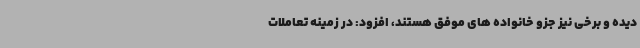
دیده و برخی نیز جزو خانواده های موفق هستند، افزود: در زمینه تعاملات